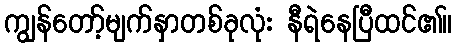
ကျွန်တော့်မျက်နှာတစ်ခုလုံး နီရဲနေပြီထင်၏။